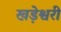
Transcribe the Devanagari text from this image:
खड़ेश्वरी